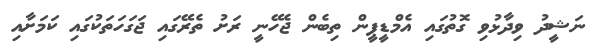
ނަޝީދު ވިދާޅުވި ގޮތުގައި އެމްޑީޕީން ތިބެން ޖެހޭނީ ރަށު ތެރޭގައި ޖަގަހަތަކުގައި ކަމަށާއި